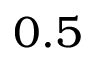
0 . 5